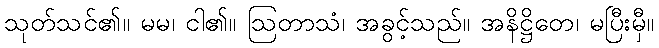
သုတ်သင်၏။ မမ၊ ငါ၏။ ဩတာသံ၊ အခွင့်သည်။ အနိဋ္ဌိတေ၊ မပြီးမှီ။